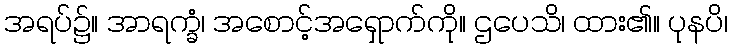
အရပ်၌။ အာရက္ခံ၊ အစောင့်အရှောက်ကို။ ဌပေသိ၊ ထား၏။ ပုနပိ၊